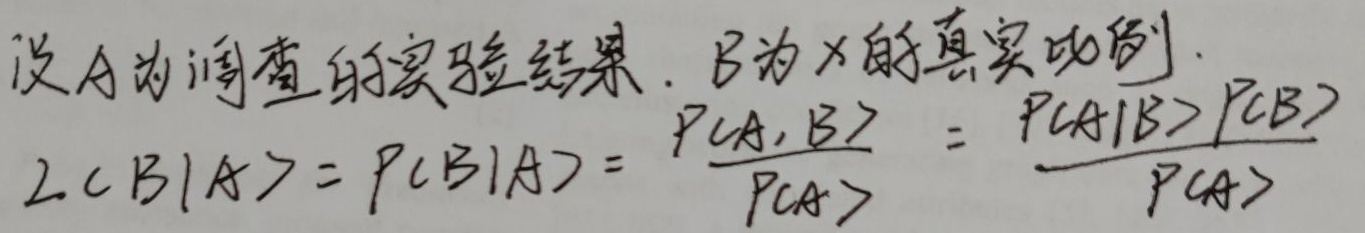
设\(A\)为调查的实验结果，\(B\)为\(X\)的真实比例。

\(L(B|A)=P(B|A)=\frac{P(A,B)}{P(A)}=\frac{P(A|B)P(B)}{P(A)}\)